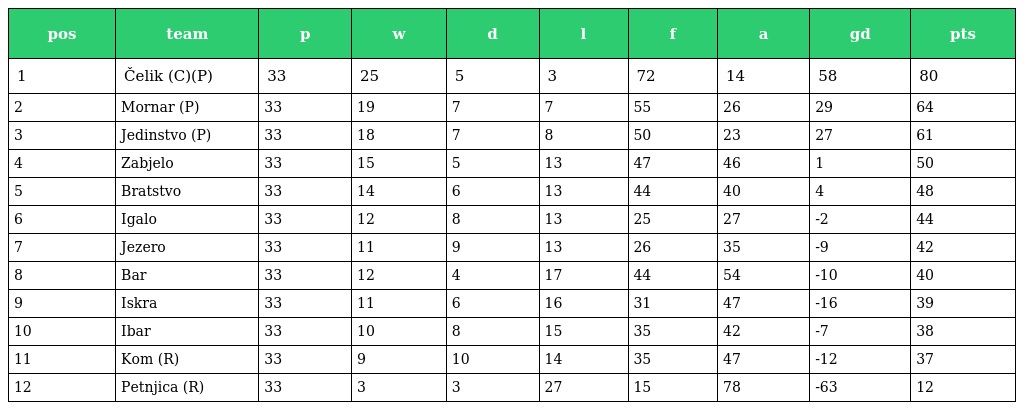
| pos | team | p | w | d | l | f | a | gd | pts |
 | --- | --- | --- | --- | --- | --- | --- | --- | --- | --- |
 | 1 | Čelik (C)(P) | 33 | 25 | 5 | 3 | 72 | 14 | 58 | 80 |
 | 2 | Mornar (P) | 33 | 19 | 7 | 7 | 55 | 26 | 29 | 64 |
 | 3 | Jedinstvo (P) | 33 | 18 | 7 | 8 | 50 | 23 | 27 | 61 |
 | 4 | Zabjelo | 33 | 15 | 5 | 13 | 47 | 46 | 1 | 50 |
 | 5 | Bratstvo | 33 | 14 | 6 | 13 | 44 | 40 | 4 | 48 |
 | 6 | Igalo | 33 | 12 | 8 | 13 | 25 | 27 | -2 | 44 |
 | 7 | Jezero | 33 | 11 | 9 | 13 | 26 | 35 | -9 | 42 |
 | 8 | Bar | 33 | 12 | 4 | 17 | 44 | 54 | -10 | 40 |
 | 9 | Iskra | 33 | 11 | 6 | 16 | 31 | 47 | -16 | 39 |
 | 10 | Ibar | 33 | 10 | 8 | 15 | 35 | 42 | -7 | 38 |
 | 11 | Kom (R) | 33 | 9 | 10 | 14 | 35 | 47 | -12 | 37 |
 | 12 | Petnjica (R) | 33 | 3 | 3 | 27 | 15 | 78 | -63 | 12 |